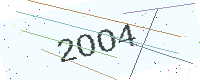
Text: 2OO4